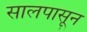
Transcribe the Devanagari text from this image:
सालपासून